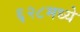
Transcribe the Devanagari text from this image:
६२८मध्ये